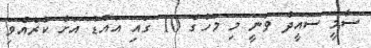
ސާމީ ސައީދު ވަނީ މި މަހުގެ 10 ގައި އައްޑު އަށް ކުރެއްވި